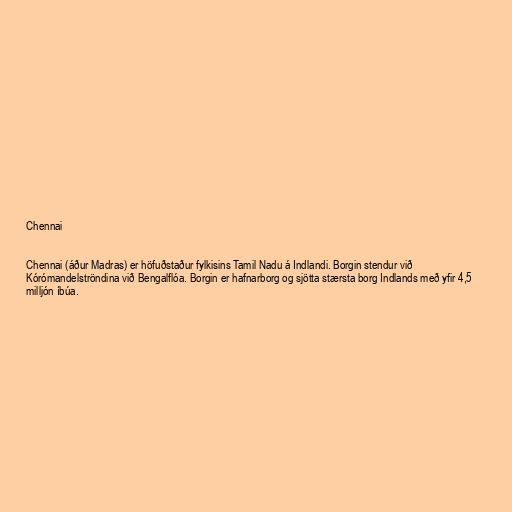
Chennai

Chennai (áður Madras) er höfuðstaður fylkisins Tamil Nadu á Indlandi. Borgin stendur við
Kórómandelströndina við Bengalflóa. Borgin er hafnarborg og sjötta stærsta borg Indlands með yfir 4,5
milljón íbúa.